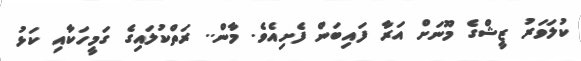
ކުލަވަރު ޒީޝްގެ މޫނަށް އަރާ ފައިބަން ފެށިއެވެ. މާން.. ރަތްކުލައިގެ ގަމީހަކާއި ކަޅު